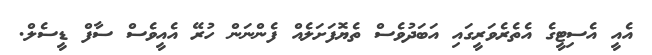
އެއީ އެސިޓީގެ އެތެރެވަރީގައި އަބަދުވެސް ތެޔޮފަށަލެއް ފެންނަން ހުރޭ އެއީވެސް ސާފް ޑީސެލް.